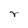
Character: r